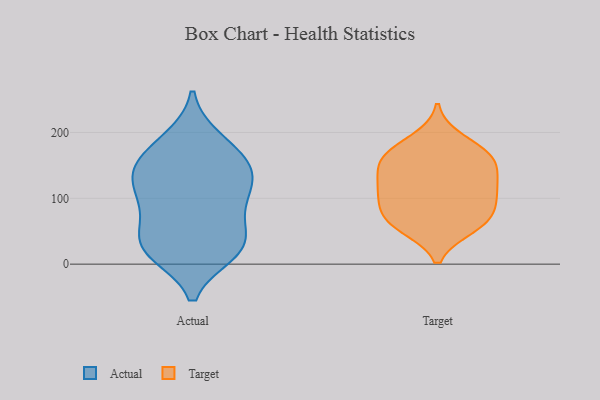
{"axis": {"x": "Temperature (°C)", "y": "Value"}, "legend": ["Actual", "Target"], "data": [{"x": "", "y": 190, "type": "Actual"}, {"x": "", "y": 147, "type": "Actual"}, {"x": "", "y": 90, "type": "Actual"}, {"x": "", "y": 22, "type": "Actual"}, {"x": "", "y": 151, "type": "Actual"}, {"x": "", "y": 156, "type": "Actual"}, {"x": "", "y": 91, "type": "Actual"}, {"x": "", "y": 22, "type": "Actual"}, {"x": "", "y": 42, "type": "Actual"}, {"x": "", "y": 121, "type": "Actual"}, {"x": "", "y": 184, "type": "Actual"}, {"x": "", "y": 41, "type": "Actual"}, {"x": "", "y": 17, "type": "Actual"}, {"x": "", "y": 131, "type": "Actual"}, {"x": "", "y": 85, "type": "Actual"}, {"x": "", "y": 131, "type": "Actual"}, {"x": "", "y": 23, "type": "Actual"}, {"x": "", "y": 59, "type": "Target"}, {"x": "", "y": 79, "type": "Target"}, {"x": "", "y": 117, "type": "Target"}, {"x": "", "y": 160, "type": "Target"}, {"x": "", "y": 154, "type": "Target"}, {"x": "", "y": 166, "type": "Target"}, {"x": "", "y": 142, "type": "Target"}, {"x": "", "y": 63, "type": "Target"}, {"x": "", "y": 80, "type": "Target"}, {"x": "", "y": 167, "type": "Target"}, {"x": "", "y": 56, "type": "Target"}, {"x": "", "y": 103, "type": "Target"}, {"x": "", "y": 117, "type": "Target"}, {"x": "", "y": 114, "type": "Target"}, {"x": "", "y": 189, "type": "Target"}]}